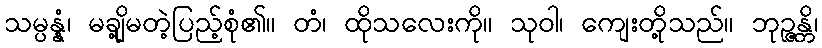
သမ္ပန္နံ၊ မချို့မတဲ့ပြည့်စုံ၏။ တံ၊ ထိုသလေးကို။ သုဝါ၊ ကျေးတို့သည်။ ဘုဉ္ဇန္တိ၊